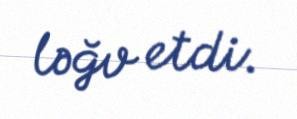
ləğv etdi.